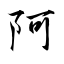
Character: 阿